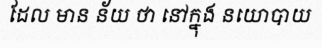
ដែល មាន ន័យ ថា នៅក្នុង នយោបាយ